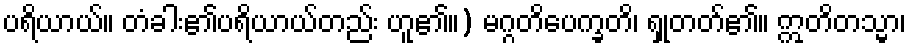
ပရိယာယ်။ တံခါး၏ပရိယာယ်တည်း ဟူ၏။) မဂ္ဂတိပေက္ခတိ၊ ရှုတတ်၏။ ဣတိတသ္မာ၊